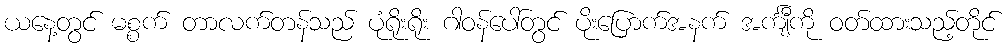
ယနေ့တွင် မစ္စက် တာလက်တန်သည် ပုံရိုးရိုး ဂါဝန်ပေါ်တွင် ပိုးပြောက်အနက် အင်္ကျီကို ဝတ်ထားသည့်တိုင်